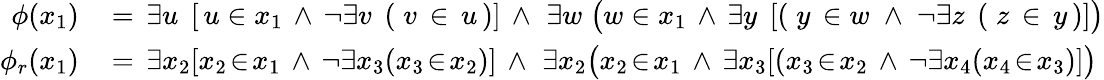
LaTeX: {\begin{array}{rl}{\phi(x_{1})\, }&{=\, \exists u\; \, [\, u\in x_{1}\, \land\, \neg\exists v\; \, (\; v\, \in\, u\, )]\, \land\, \, \exists w\; {\bigl(}w\in x_{1}\, \land\, \exists y\; \, [(\; y\, \in w\; \land\; \neg\exists z\; \, (\; z\, \in\, y\, )]{\bigr)}}\\ {\phi_{r}(x_{1})\, }&{=\, \exists x_{2}[x_{2}\! \in\! x_{1}\, \land\, \neg\exists x_{3}(x_{3}\! \in\! x_{2})]\, \land\, \, \exists x_{2}{\bigl(}x_{2}\! \in\! x_{1}\, \land\, \exists x_{3}[(x_{3}\! \in\! x_{2}\, \land\, \neg\exists x_{4}(x_{4}\! \in\! x_{3})]{\bigr)}}\end{array}}